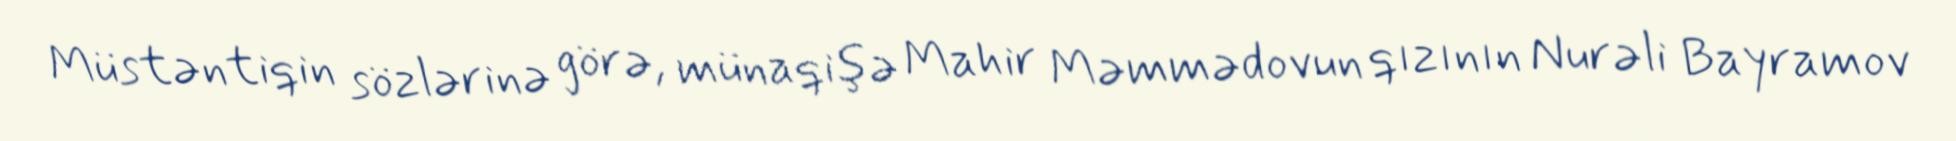
Müstəntiqin sözlərinə görə, münaqişə Mahir Məmmədovun qızının Nurəli Bayramov